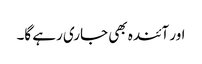
اور آئندہ بھی جاری رہے گا۔